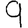
Digit: 9